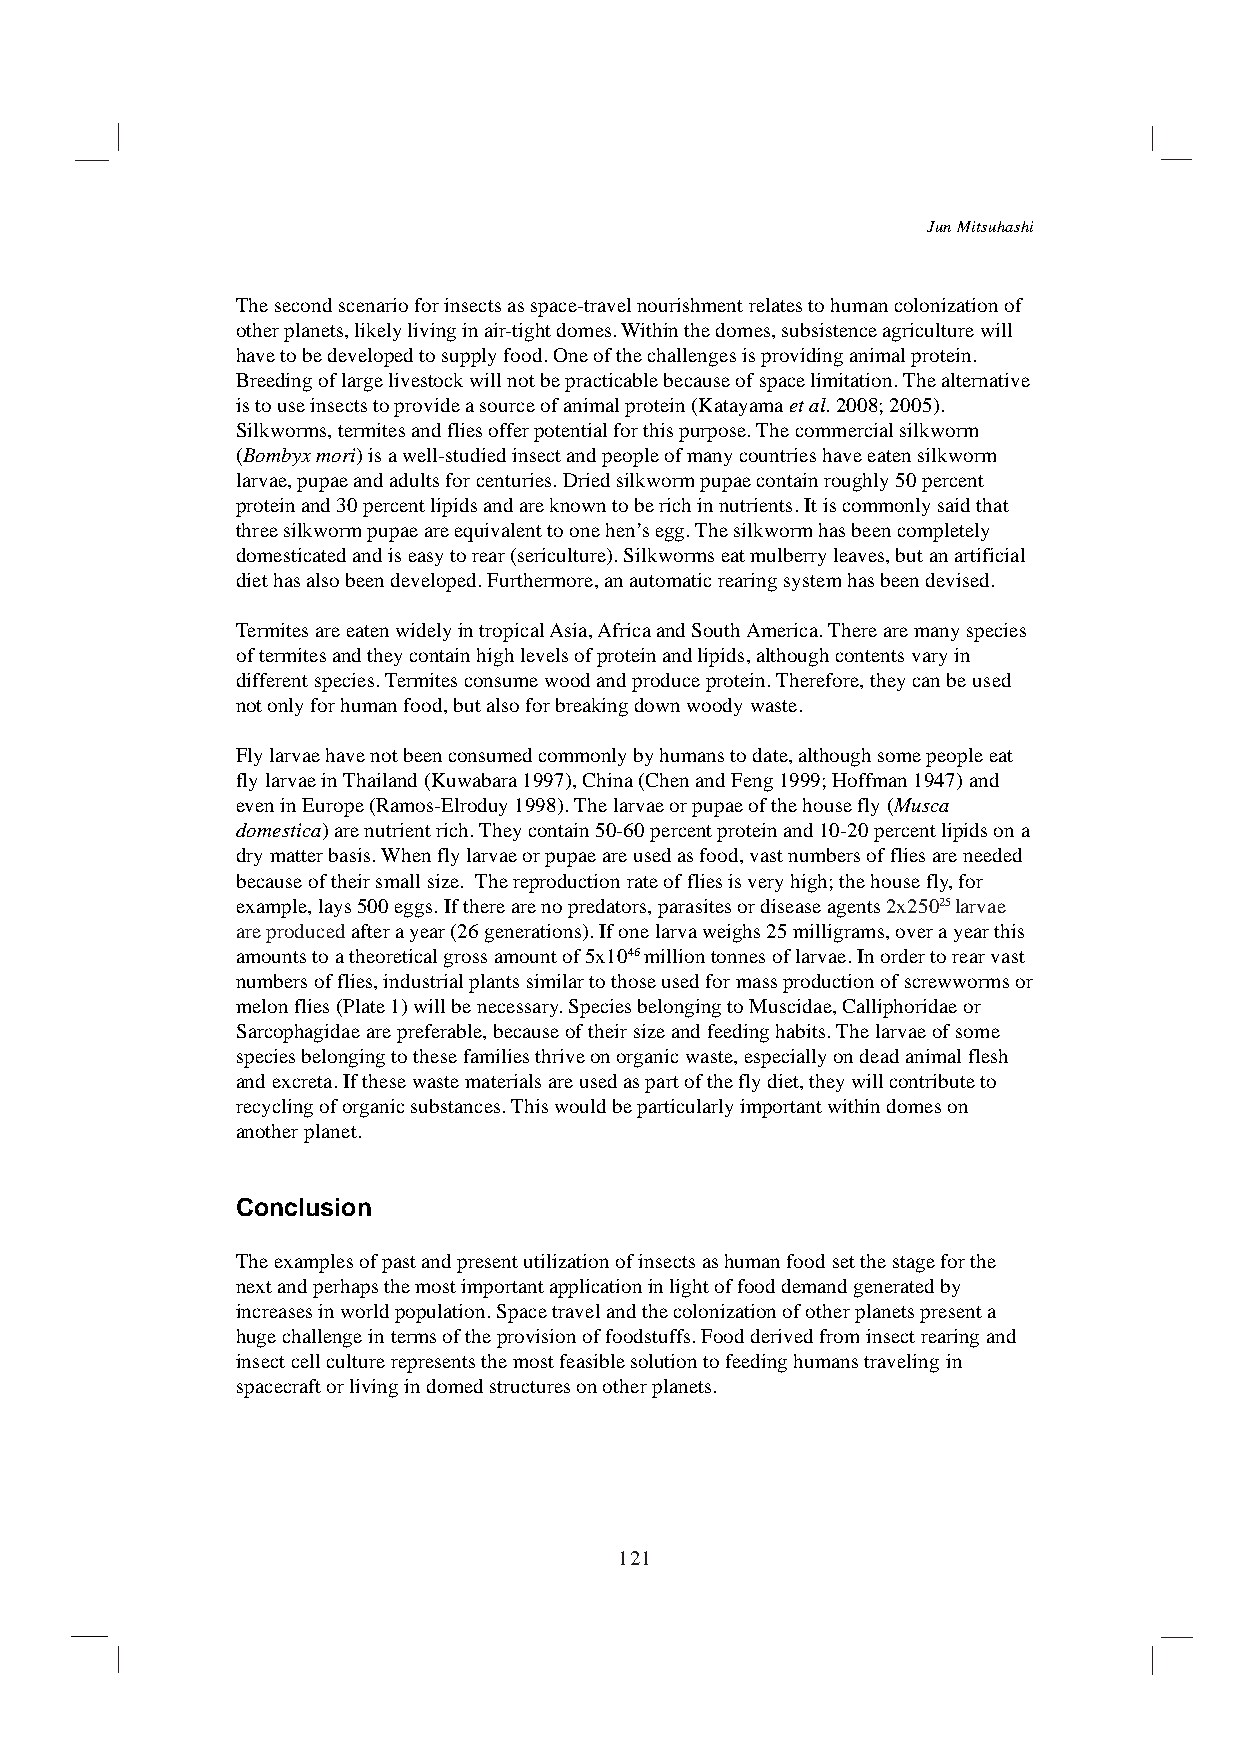
Jun Mitsuhashi
 The second scenario for insects as space-travel nourishment relates to human colonization of
 other planets, likely living in air-tight domes. Within the domes, subsistence agriculture will
 have to be developed to supply food. One of the challenges is providing animal protein.
 Breeding of large livestock will not be practicable because of space limitation. The alternative
 is to use insects to provide a source of animal protein (Katayama et al. 2008; 2005).
 Silkworms, termites and flies offer potential for this purpose. The commercial silkworm
 (Bombyx mori) is a well-studied insect and people of many countries have eaten silkworm
 larvae, pupae and adults for centuries. Dried silkworm pupae contain roughly 50 percent
 protein and 30 percent lipids and are known to be rich in nutrients. It is commonly said that
 three silkworm pupae are equivalent to one hen’s egg. The silkworm has been completely
 domesticated and is easy to rear (sericulture). Silkworms eat mulberry leaves, but an artificial
 diet has also been developed. Furthermore, an automatic rearing system has been devised.
 Termites are eaten widely in tropical Asia, Africa and South America. There are many species
 of termites and they contain high levels of protein and lipids, although contents vary in
 different species. Termites consume wood and produce protein. Therefore, they can be used
 not only for human food, but also for breaking down woody waste.
 Fly larvae have not been consumed commonly by humans to date, although some people eat
 fly larvae in Thailand (Kuwabara 1997), China (Chen and Feng 1999; Hoffman 1947) and
 even in Europe (Ramos-Elroduy 1998). The larvae or pupae of the house fly (Musca
 domestica) are nutrient rich. They contain 50-60 percent protein and 10-20 percent lipids on a
 dry matter basis. When fly larvae or pupae are used as food, vast numbers of flies are needed
 because of their small size. The reproduction rate of flies is very high; the house fly, for
 example, lays 500 eggs. If there are no predators, parasites or disease agents 2x25025 larvae
 are produced after a year (26 generations). If one larva weighs 25 milligrams, over a year this
 amounts to a theoretical gross amount of 5x1046 million tonnes of larvae. In order to rear vast
 numbers of flies, industrial plants similar to those used for mass production of screwworms or
 melon flies (Plate 1) will be necessary. Species belonging to Muscidae, Calliphoridae or
 Sarcophagidae are preferable, because of their size and feeding habits. The larvae of some
 species belonging to these families thrive on organic waste, especially on dead animal flesh
 and excreta. If these waste materials are used as part of the fly diet, they will contribute to
 recycling of organic substances. This would be particularly important within domes on
 another planet.
 Conclusion
 The examples of past and present utilization of insects as human food set the stage for the
 next and perhaps the most important application in light of food demand generated by
 increases in world population. Space travel and the colonization of other planets present a
 huge challenge in terms of the provision of foodstuffs. Food derived from insect rearing and
 insect cell culture represents the most feasible solution to feeding humans traveling in
 spacecraft or living in domed structures on other planets.
 121